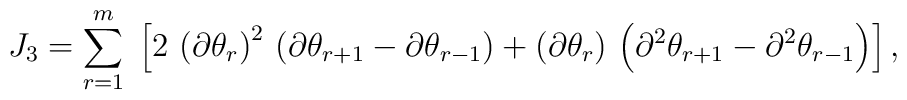
J_3 =\sum_{r=1}^m\;\left[2\,\left(\partial\theta_r\right)^2\,\left(\partial\theta_{r+1}-\partial\theta_{r-1} \right) +\left(\partial\theta_r\right)\,\left(\partial^2\theta_{r+1}-\partial^2\theta_{r-1}\right)\right],